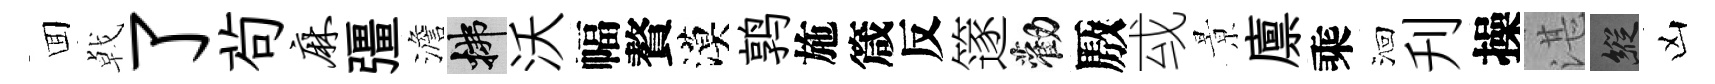
囬㦸了茍麻彊澹拂沃幅贅漠鹑施箴反篴勸厫㦯㬌廪乘洄刋操湛縱凶